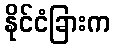
နိုင်ငံခြားက